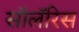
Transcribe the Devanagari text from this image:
सॉलॅरिस